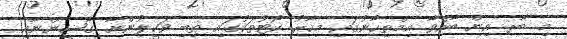
މި ބާރ އިން ބާއްވާ އިމްތިހާނުގައި މިހާރު ކޯޓުތަކުގައި ތިބި ވަކީލުންނާ ގާޟީންނާއި